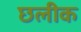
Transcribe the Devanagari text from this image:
छलीक